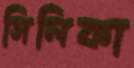
সিলিকা